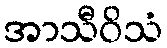
အာသီဝိသံ